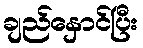
ချည်နှောင်ပြီး